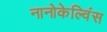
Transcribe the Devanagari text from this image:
नानोकेल्विंस